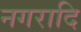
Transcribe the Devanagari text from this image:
नगरादि